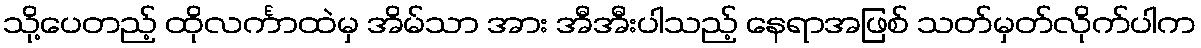
သို့ပေတည့် ထိုလင်္ကာထဲမှ အိမ်သာ အား အီအီးပါသည့် နေရာအဖြစ် သတ်မှတ်လိုက်ပါက